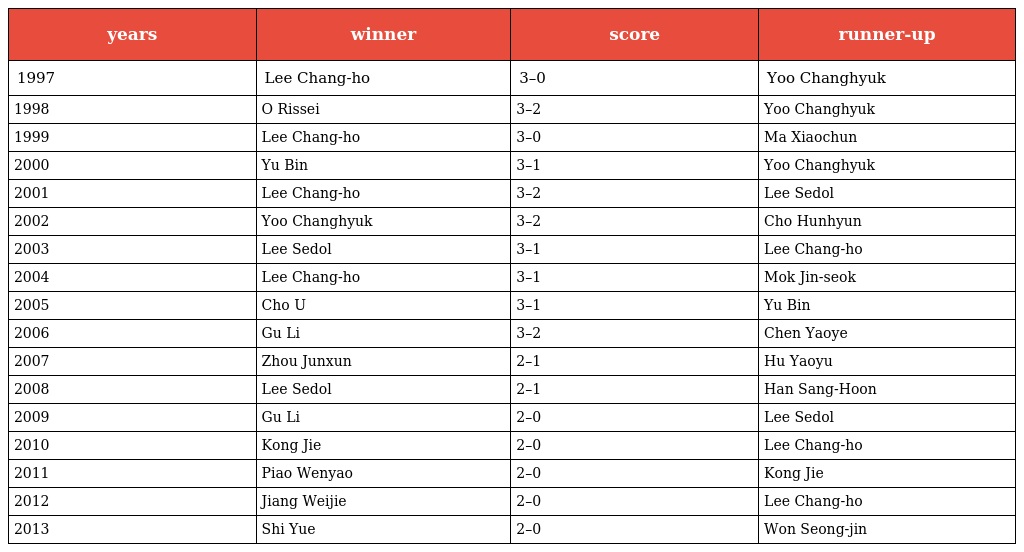
| years | winner | score | runner-up |
 | --- | --- | --- | --- |
 | 1997 | Lee Chang-ho | 3–0 | Yoo Changhyuk |
 | 1998 | O Rissei | 3–2 | Yoo Changhyuk |
 | 1999 | Lee Chang-ho | 3–0 | Ma Xiaochun |
 | 2000 | Yu Bin | 3–1 | Yoo Changhyuk |
 | 2001 | Lee Chang-ho | 3–2 | Lee Sedol |
 | 2002 | Yoo Changhyuk | 3–2 | Cho Hunhyun |
 | 2003 | Lee Sedol | 3–1 | Lee Chang-ho |
 | 2004 | Lee Chang-ho | 3–1 | Mok Jin-seok |
 | 2005 | Cho U | 3–1 | Yu Bin |
 | 2006 | Gu Li | 3–2 | Chen Yaoye |
 | 2007 | Zhou Junxun | 2–1 | Hu Yaoyu |
 | 2008 | Lee Sedol | 2–1 | Han Sang-Hoon |
 | 2009 | Gu Li | 2–0 | Lee Sedol |
 | 2010 | Kong Jie | 2–0 | Lee Chang-ho |
 | 2011 | Piao Wenyao | 2–0 | Kong Jie |
 | 2012 | Jiang Weijie | 2–0 | Lee Chang-ho |
 | 2013 | Shi Yue | 2–0 | Won Seong-jin |